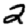
Digit: 2